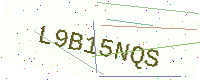
Text: L9B15NQS